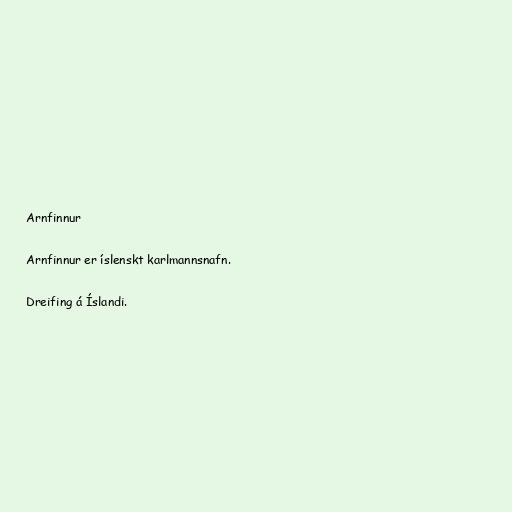
Arnfinnur

Arnfinnur er íslenskt karlmannsnafn.

Dreifing á Íslandi.